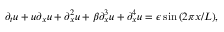
\partial _ { t } u + u \partial _ { x } u + \partial _ { x } ^ { 2 } u + \beta \partial _ { x } ^ { 3 } u + \partial _ { x } ^ { 4 } u = \epsilon \sin { \left( 2 \pi x / L \right) } ,